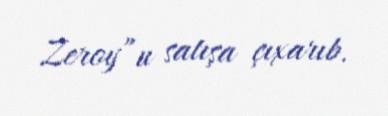
Zeroy”u satışa çıxarıb.